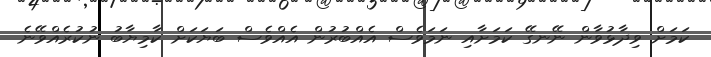
ކަމަށް ވިދާޅުވާން ނޭނގޭ ކަމަށާއި ނަމަވެސް އެއްބުރުން އެއްވެސް ބަޔަކަށް ކާމިޔާބު ނުކުރެއްވޭނެ